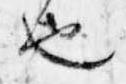
也